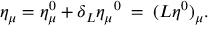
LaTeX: \eta _ { \mu } = \eta _ { \mu } ^ { 0 } + \delta _ { L } { \eta _ { \mu } } ^ { 0 } \; = \; { ( L \eta ^ { 0 } ) } _ { \mu } .